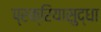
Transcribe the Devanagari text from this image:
प्रक्रियासुद्धा